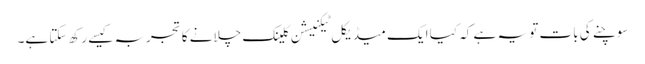
سوچنے کی بات تو یہ ہے کہ کیا ایک میڈیکل ٹیکنیشن کلینک چلانے کا تجربہ کیسے رکھ سکتا ہے۔